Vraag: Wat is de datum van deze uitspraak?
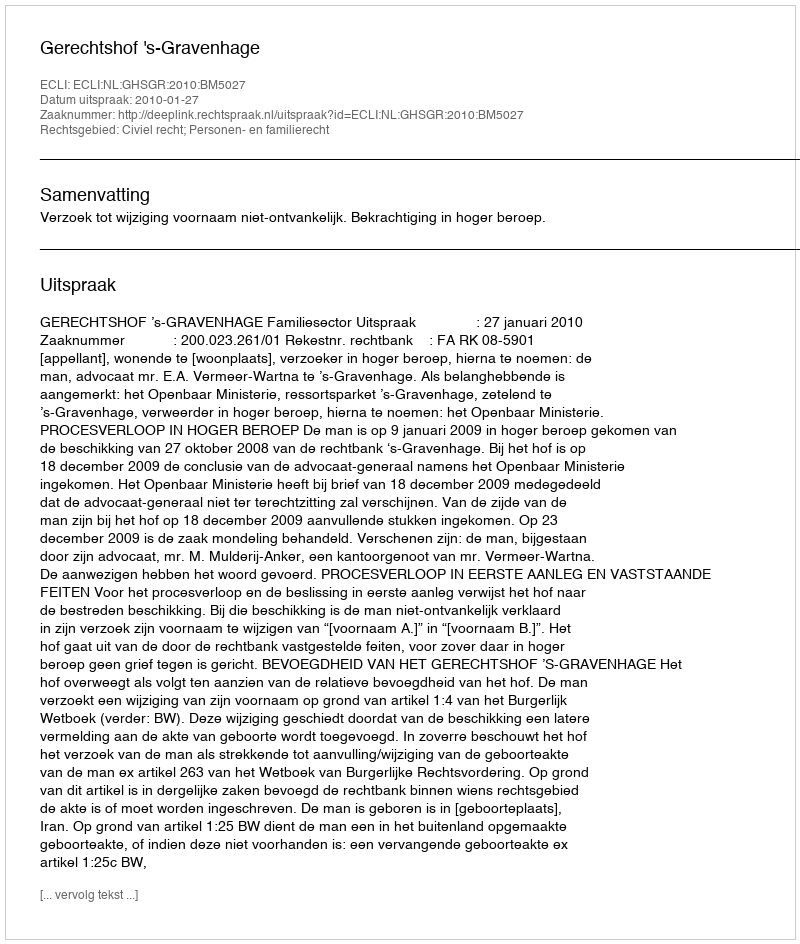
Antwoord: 2010-01-27